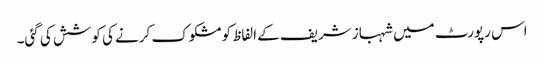
اس رپورٹ میں شہباز شریف کے الفاظ کو مشکوک کرنے کی کوشش کی گئی۔